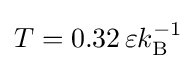
T=0.32\,\varepsilon k_{\mathrm {B} }^{-1}